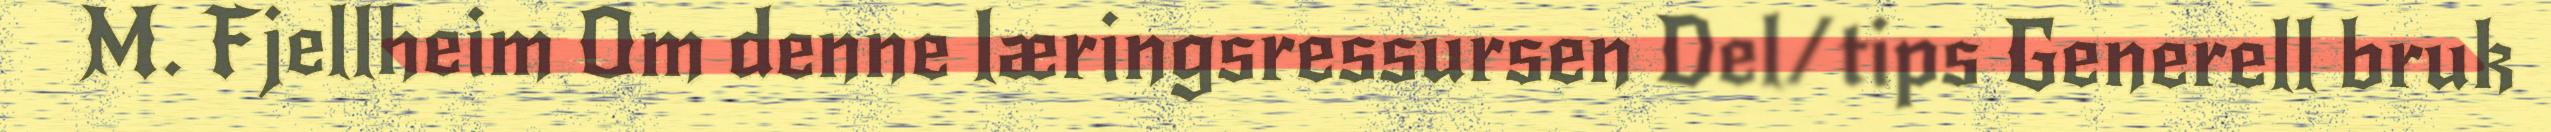
M. Fjellheim Om denne læringsressursen Del/tips Generell bruk